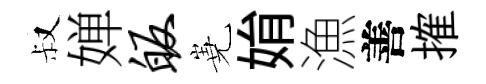
叔婵皈嶤姢漁善搉